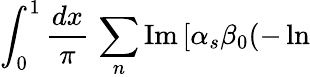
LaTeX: \int_{0}^{1}{\frac{dx}{\pi}}\, \sum_{n}\mathrm{Im}\, [\alpha_{s}\beta_{0}(-\ln